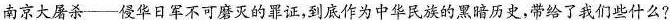
南京大屠杀-侵华日军不可磨灭的罪证，到底作为中华民族的黑暗历史，带给了我们些什么?